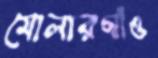
মোলারগাঁও